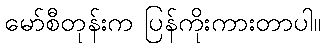
မော်စီတုန်းက ပြန်ကိုးကားတာပါ။